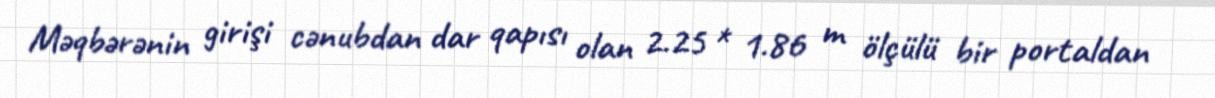
Məqbərənin girişi cənubdan dar qapısı olan 2.25 * 1.86 m ölçülü bir portaldan